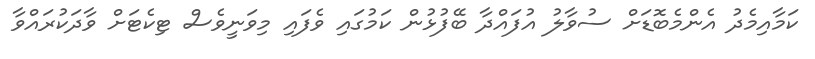
ކަމާއިމެދު އެންމެބޮޑަށް ސުވާލު އުފައްދާ ބޭފުޅުން ކަމުގައި ވެފައި މިވަނީވެސް ޓިކެޓަށް ވާދަކުރައްވާ